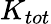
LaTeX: K_{tot}